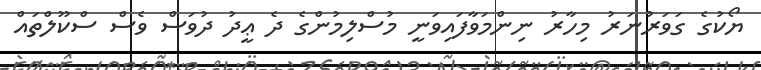
ޔޯކުގެ ގަވަރުނަރު މިހާރު ނިންމަވާފައިވަނީ މުސްލިމުންގެ ދެ ޢީދު ދުވަސް ވެސް ސްކޫލްތައް